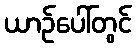
ယာဉ်ပေါ်တွင်